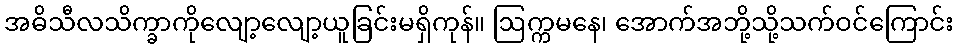
အဓိသီလသိက္ခာကိုလျော့လျော့ယူခြင်းမရှိကုန်။ ဩက္ကမနေ၊ အောက်အဘို့သို့သက်ဝင်ကြောင်း